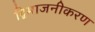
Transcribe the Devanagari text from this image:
द्विभाजनीकरण